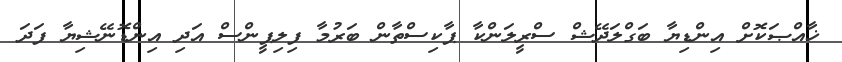
ޚާއްޞަކޮށް އިންޑިޔާ ބަގްލަދޭޝް ސްރީލަންކާ ޕާކިސްތާން ބަރުމާ ފިލިޕީންސް އަދި އިންޑޮނޭޝިޔާ ފަދަ